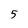
Character: 5